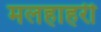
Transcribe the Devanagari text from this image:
मलहाहरी